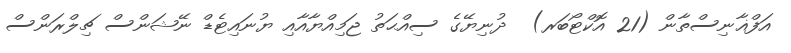
އަފްޣާނިސްތާން (21 އޮކްޓޯބަރ)  ދުނިޔޭގެ ސިއްޙަތު ޖަމިއްޔާއާއި ޔުނައިޓެޑް ނޭޝަންސް ޗިލްރަންސް